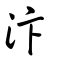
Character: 汴